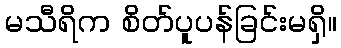
မသီရိက စိတ်ပူပန်ခြင်းမရှိ။